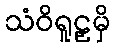
သံဝိရူဠှမှိ